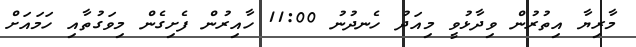
މާރިޔާ އިތުރުން ވިދާޅުވީ މިއަދު ހެނދުނު 11:00 ހާއިރުން ފެށިގެން މިވަގުތާއި ހަމައަށް